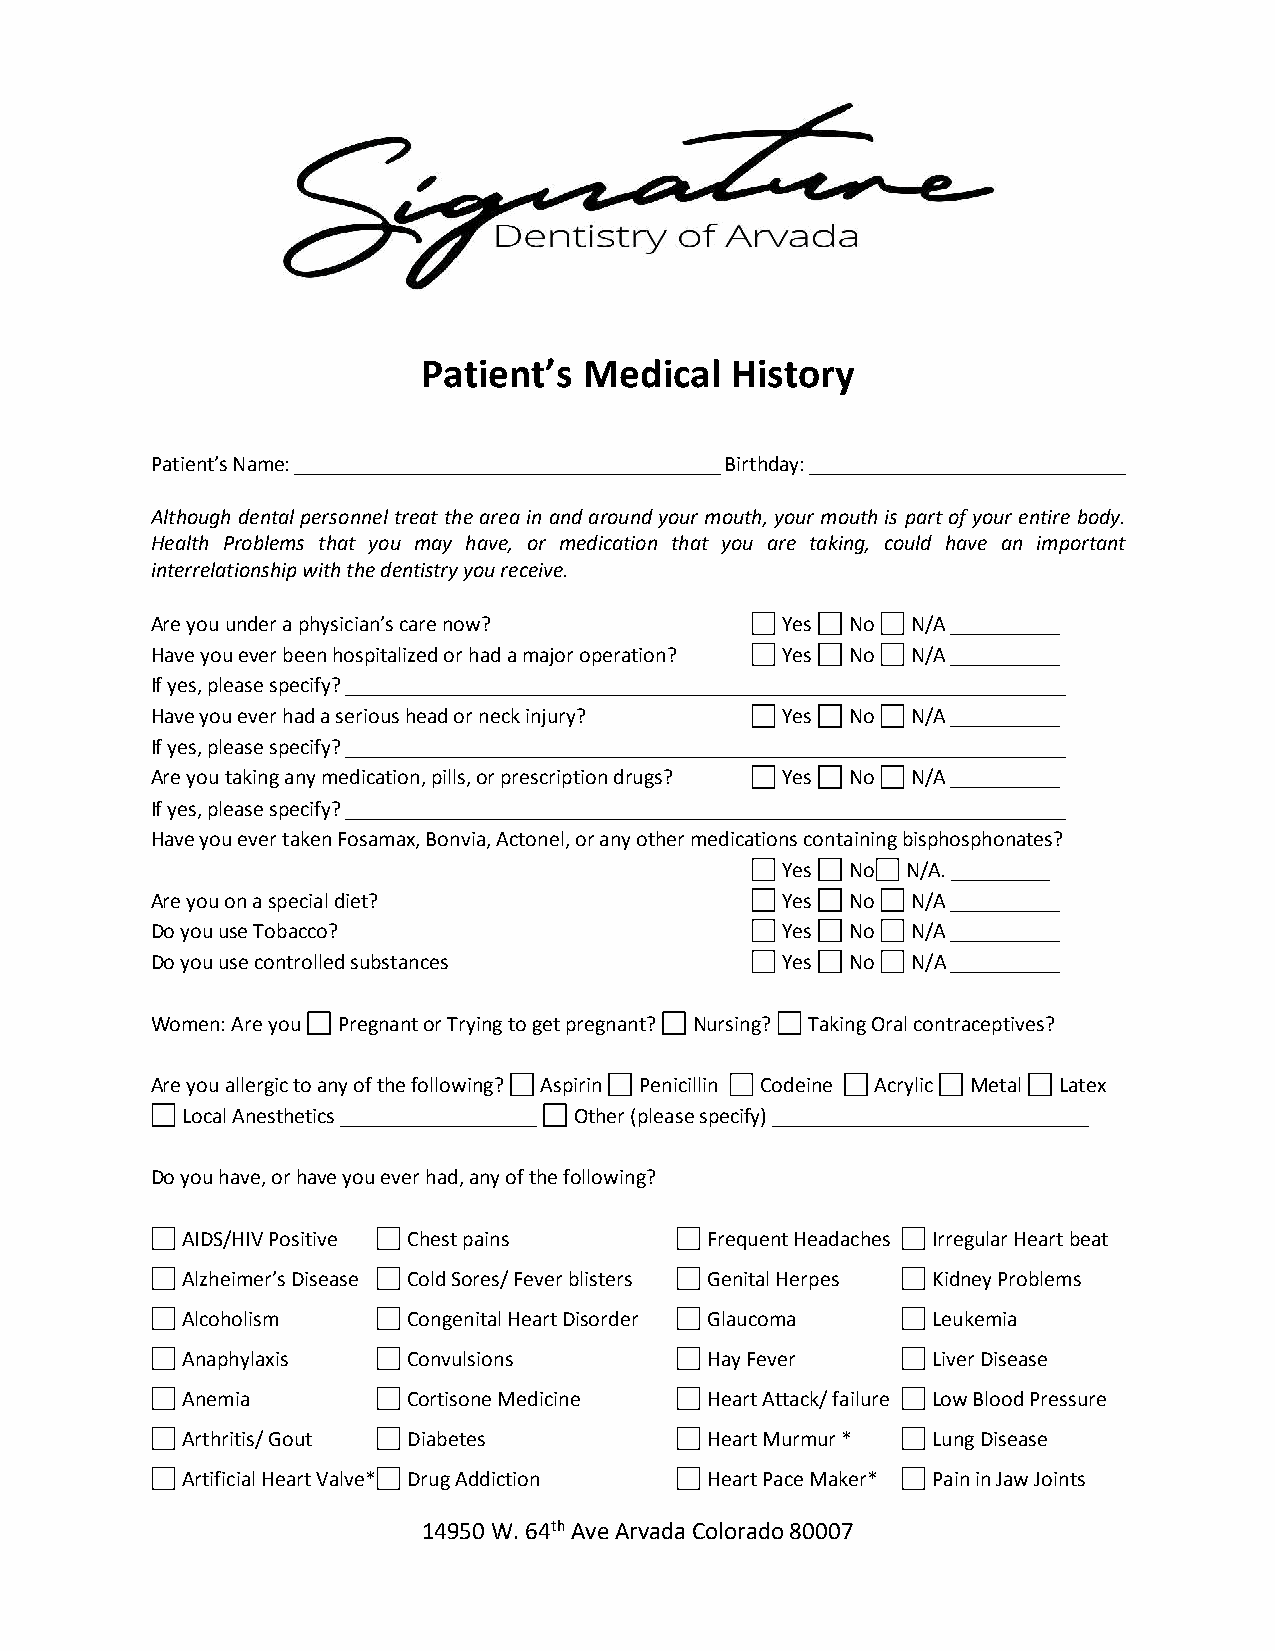
Patient’s  Medical  History
 Patient’s Name: _______________________________________ Birthday: _____________________________
 Although dental personnel treat the area in and around your mouth, your mouth is part of your entire body.
 Health Problems that you may have, or medication that you are taking, could have an important
 interrelationship with the dentistry you receive.
 Are you under a physician’s care now?     Yes No  N/A __________
 Have you ever been hospitalized or had a major operation? Yes No N/A __________
 If yes, please specify? __________________________________________________________________
 Have you ever had a serious head or neck injury? Yes No N/A __________
 If yes, please specify? __________________________________________________________________
 Are you taking any medication, pills, or prescription drugs? Yes No N/A __________
 If yes, please specify? __________________________________________________________________
 Have you ever taken Fosamax, Bonvia, Actonel, or any other medications containing bisphosphonates?
 Yes No  N/A. _________
 Are you on a special diet?                Yes No  N/A __________
 Do you use Tobacco?                       Yes No  N/A __________
 Do you use controlled substances          Yes No  N/A __________
 Women: Are you Pregnant or Trying to get pregnant? Nursing? Taking Oral contraceptives?
 Are you allergic to any of the following? Aspirin Penicillin Codeine Acrylic Metal Latex
 Local Anesthetics __________________ Other (please specify) _____________________________
 Do you have, or have you ever had, any of the following?
 AIDS/HIV Positive Chest pains      Frequent Headaches Irregular Heart beat
 Alzheimer’s Disease Cold Sores/ Fever blisters Genital Herpes Kidney Problems
 Alcoholism     Congenital Heart Disorder Glaucoma Leukemia
 Anaphylaxis    Convulsions         Hay Fever      Liver Disease
 Anemia         Cortisone Medicine  Heart Attack/ failure Low Blood Pressure
 Arthritis/ Gout Diabetes           Heart Murmur * Lung Disease
 Artificial Heart Valve* Drug Addiction Heart Pace Maker* Pain in Jaw Joints
 14950 W. 64th Ave Arvada Colorado 80007